Lunatic asylums Punjab 1868-1880 - 1868-1880
Year: 1868
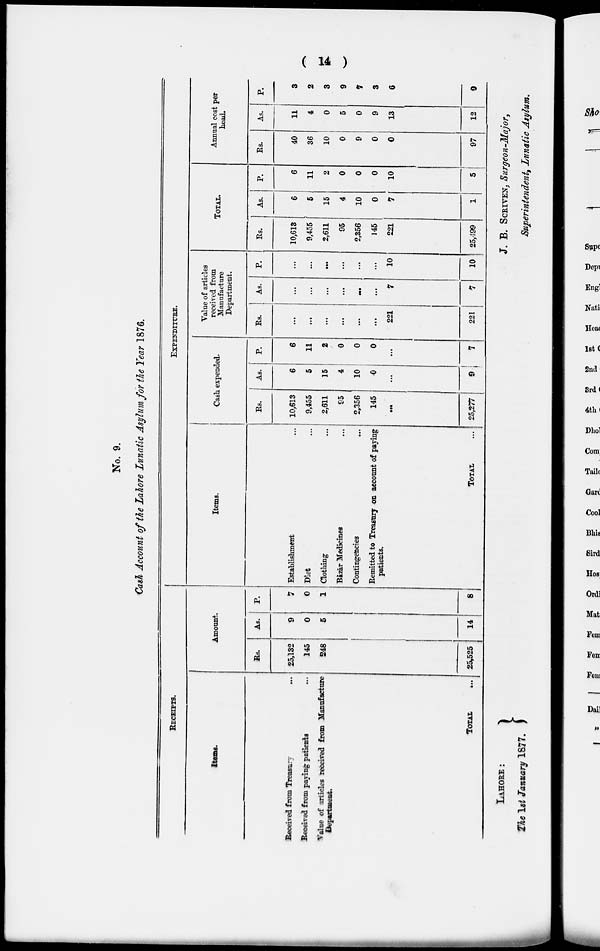
( 14 )
No. 9.
Cash, Account of the Lahore Lunatic Asylum for the Year 1876.
RECEIPTS.
Items.
Received from Treasury ...
Received from paying- patients ...
Value of articles received from Manufacture
Department.
TOTAL
...
Amount.
Rs.
25,132
145
248
25,525
As.
9
0
5
14
P.
7
0
l
EXPENDITURE.
Items.
Establishment ...
Diet ...
Clothing ...
Bazar Medicines ...
Contingencies ...
Remitted to Treasury on account of paying
patients.
8
TOTAL ...
Cash expended.
Rs.
10,613
9,455
2,611
95
2,356
145
...
25,277
As.
6
5
15
4
10
0
...
9
P.
6
11
2
0
0
0
...
7
Value of articles
received from
Manufacture
Department.
Rs.
As.
...
...
...
...
...
...
221
221
...
...
...
...
...
...
7
7
P.
...
...
...
...
...
...
10
10
TOTAL.
Rs.
10,613
9,455
2,611
95
2,356
145
221
25,499
As.
6
5
15
4
10
0
7
1
P.
6
11
2
0
0
0
10
5
Annual cost per
head.
Rs.
40
36
10
0
9
0
0
97
As.
11
4
0
5
0
9
13
12
P.
3
2
3
9
7
3
6
9
LAHORE:
The 1st January 1877.
J. B. SCRIVEN, Surgeon-Major,
Superintendent, Lunatic Asylum.